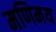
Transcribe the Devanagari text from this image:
मणिमय